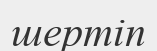
шертіп